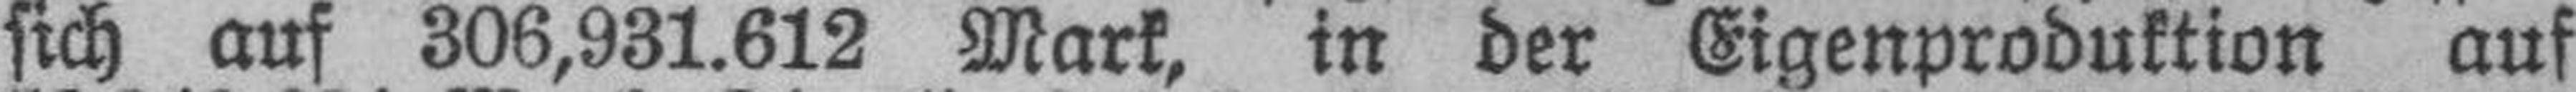
sich auf 306,931.612 Mark, in der Eigenproduktion auf